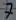
Text: 7